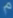
م